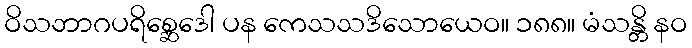
ဝိသဘာဂပရိစ္ဆေဒေါ ပန ကေသသဒိသောယေဝ။ ၁၈၈။ မံသန္တိ နဝ